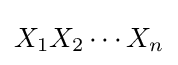
X_{1}X_{2}\cdots X_{n}